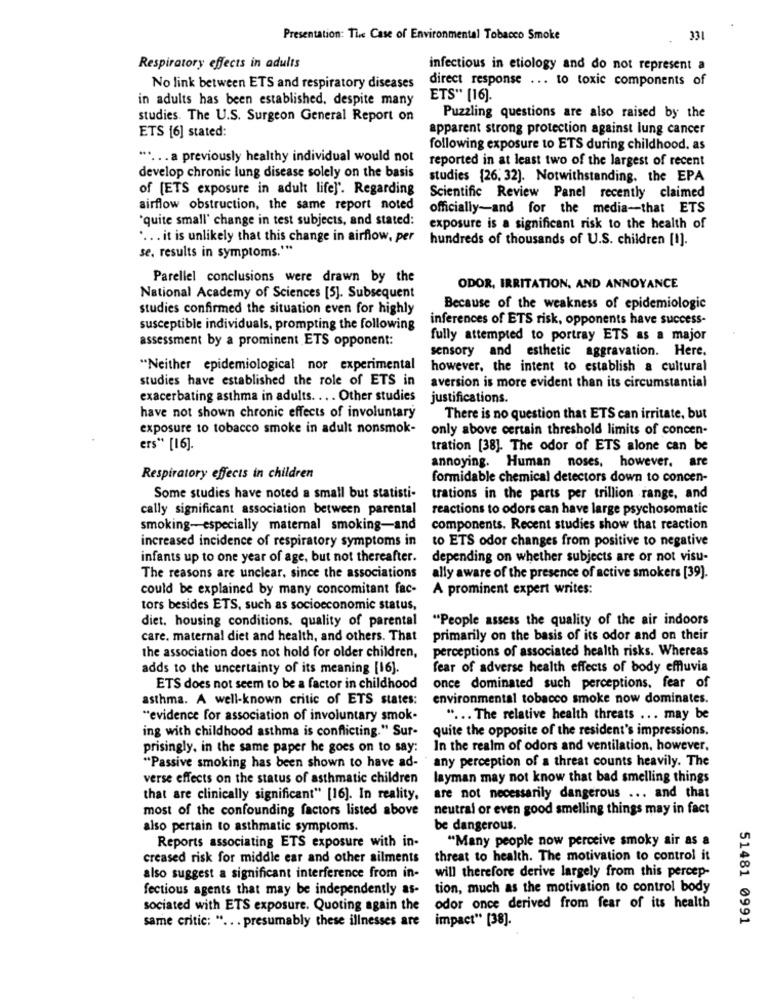
Presentation: The Case of Environmental Tobacco Smoke
331
Respiratory effects in adults
infectious in etiology and do not represent a
direct response ... to toxic components of
No link between ETS and respiratory diseases
in adults has been established, despite many
ETS" [16].
studies. The U.S. Surgeon General Report on
Puzzling questions are also raised by the
apparent strong protection against lung cancer
ETS [6] stated:
following exposure to ETS during childhood. as
" .... a previously healthy individual would not
reported in at least two of the largest of recent
develop chronic lung disease solely on the basis
studies {26, 32]. Notwithstanding. the EPA
of [ETS exposure in adult life]'. Regarding
Scientific Review Panel recently claimed
airflow obstruction, the same report noted
officially-and for the media-that ETS
'quite small' change in test subjects, and stated:
exposure is a significant risk to the health of
.... it is unlikely that this change in airflow, per
hundreds of thousands of U.S. children [1].
se. results in symptoms.""
Parellel conclusions were drawn by the
ODOR, IRRITATION, AND ANNOYANCE
National Academy of Sciences [5]. Subsequent
studies confirmed the situation even for highly
Because of the weakness of epidemiologic
inferences of ETS risk, opponents have success-
susceptible individuals, prompting the following
assessment by a prominent ETS opponent:
fully attempted to portray ETS as a major
sensory and esthetic aggravation. Here.
"Neither epidemiological nor experimental
however, the intent to establish a cultural
studies have established the role of ETS in
aversion is more evident than its circumstantial
exacerbating asthma in adults. ... Other studies
justifications.
have not shown chronic effects of involuntary
There is no question that ETS can irritate, but
exposure to tobacco smoke in adult nonsmok-
only above certain threshold limits of concen-
ers" [16].
tration [38]. The odor of ETS alone can be
annoying. Human noses, however, are
Respiratory effects in children
formidable chemical detectors down to concen-
Some studies have noted a small but statisti-
trations in the parts per trillion range, and
cally significant association between parental
reactions to odors can have large psychosomatic
smoking-especially maternal smoking-and
components. Recent studies show that reaction
increased incidence of respiratory symptoms in
to ETS odor changes from positive to negative
infants up to one year of age, but not thereafter.
depending on whether subjects are or not visu-
The reasons are unclear, since the associations
ally aware of the presence of active smokers [39].
could be explained by many concomitant fac-
A prominent expert writes:
tors besides ETS, such as socioeconomic status,
diet. housing conditions. quality of parental
"People assess the quality of the air indoors
care. maternal diet and health, and others. That
primarily on the basis of its odor and on their
perceptions of associated health risks. Whereas
the association does not hold for older children,
adds to the uncertainty of its meaning [16].
fear of adverse health effects of body effluvia
ETS does not seem to be a factor in childhood
once dominated such perceptions. fear of
asthma. A well-known critic of ETS states:
environmental tobacco smoke now dominates.
"evidence for association of involuntary smok-
" ... The relative health threats ... may be
ing with childhood asthma is conflicting." Sur-
quite the opposite of the resident's impressions.
prisingly, in the same paper he goes on to say:
In the realm of odors and ventilation, however.
"Passive smoking has been shown to have ad-
any perception of a threat counts heavily. The
verse effects on the status of asthmatic children
layman may not know that bad smelling things
that are clinically significant" [16]. In reality,
are not necessarily dangerous ... and that
most of the confounding factors listed above
neutral or even good smelling things may in fact
also pertain to asthmatic symptoms.
be dangerous.
Reports associating ETS exposure with in-
"Many people now perceive smoky air as a
creased risk for middle ear and other ailments
threat to health. The motivation to control it
also suggest a significant interference from in- will therefore derive largely from this percep-
fectious agents that may be independently as-
tion, much as the motivation to control body
sociated with ETS exposure. Quoting again the odor once derived from fear of its health
same critic: " ... presumably these illnesses are impact" [38].
51481 0991